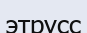
этрусс